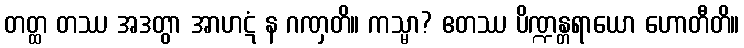
တတ္ထ တဿ အဒတွာ အာဟဋံ န ဂဏှတိ။ ကသ္မာ? ဧတဿ ပိဏ္ဍန္တရာယော ဟောတီတိ။